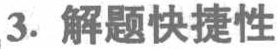
3. 解题快捷性